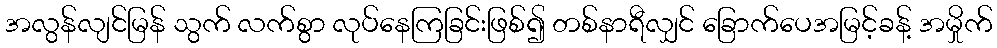
အလွန်လျင်မြန် သွက် လက်စွာ လုပ်နေကြခြင်းဖြစ်၍ တစ်နာရီလျှင် ခြောက်ပေအမြင့်ခန့် အမှိုက်